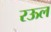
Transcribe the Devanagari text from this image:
रऊल